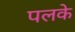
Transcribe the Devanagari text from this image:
पलके